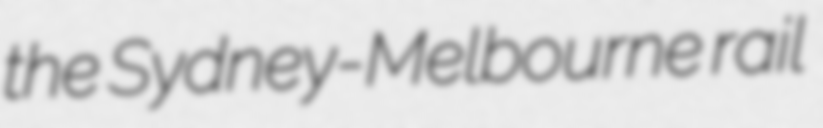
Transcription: the Sydney-Melbourne rail